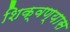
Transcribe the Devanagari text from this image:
शिक्वण्यास